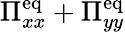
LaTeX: \Pi_{xx}^{\mathrm{eq}}+\Pi_{yy}^{\mathrm{eq}}